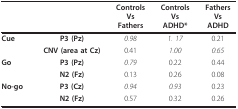
<table><thead><tr><td></td><td></td><td><b>ControlsVsFathers</b></td><td><b>ControlsVsADHD*</b></td><td><b>FathersVsADHD</b></td></tr></thead><tbody><tr><td><b>Cue</b></td><td><b>P3 (Pz)</b></td><td><i>0.98</i></td><td><i>1. 17</i></td><td>0.21</td></tr><tr><td></td><td><b>CNV (area at Cz)</b></td><td>0.41</td><td><i>1.00</i></td><td><i>0.65</i></td></tr><tr><td><b>Go</b></td><td><b>P3 (Pz)</b></td><td><i>0.79</i></td><td>0.22</td><td>0.44</td></tr><tr><td></td><td><b>N2 (Fz)</b></td><td>0.13</td><td>0.26</td><td>0.08</td></tr><tr><td><b>No-go</b></td><td><b>P3 (Cz)</b></td><td><i>0.94</i></td><td><i>0.93</i></td><td>0.23</td></tr><tr><td></td><td><b>N2 (Fz)</b></td><td>0.57</td><td>0.32</td><td>0.26</td></tr></tbody></table>